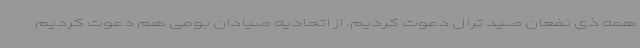
همه ذی نفعان صید ترال دعوت کردیم. از اتحادیه صیادان بومی هم دعوت کردیم